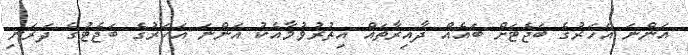
އަންނަ އަހަރުގެ ބަޖެޓަށް ބައެއް ދާއިރާތައް އިތުރުވުމާއެކު އަންނަ އަހަރުގެ ބަޖެޓުގެ ދަރަނި